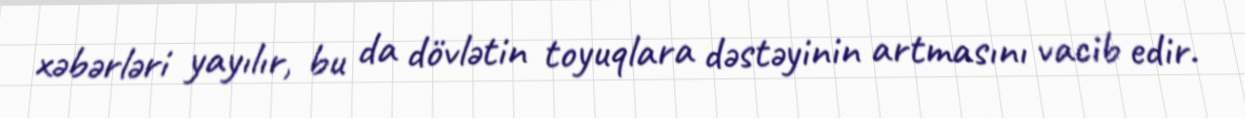
xəbərləri yayılır, bu da dövlətin toyuqlara dəstəyinin artmasını vacib edir.